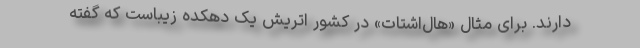
دارند. برای مثال «هال‌اشتات» در کشور اتریش یک دهکده زیباست که گفته